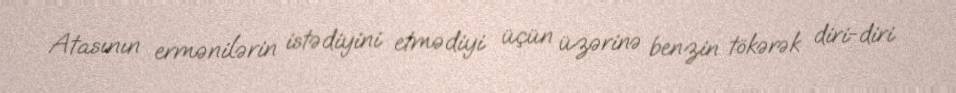
Atasının ermənilərin istədiyini etmədiyi üçün üzərinə benzin tökərək diri-diri